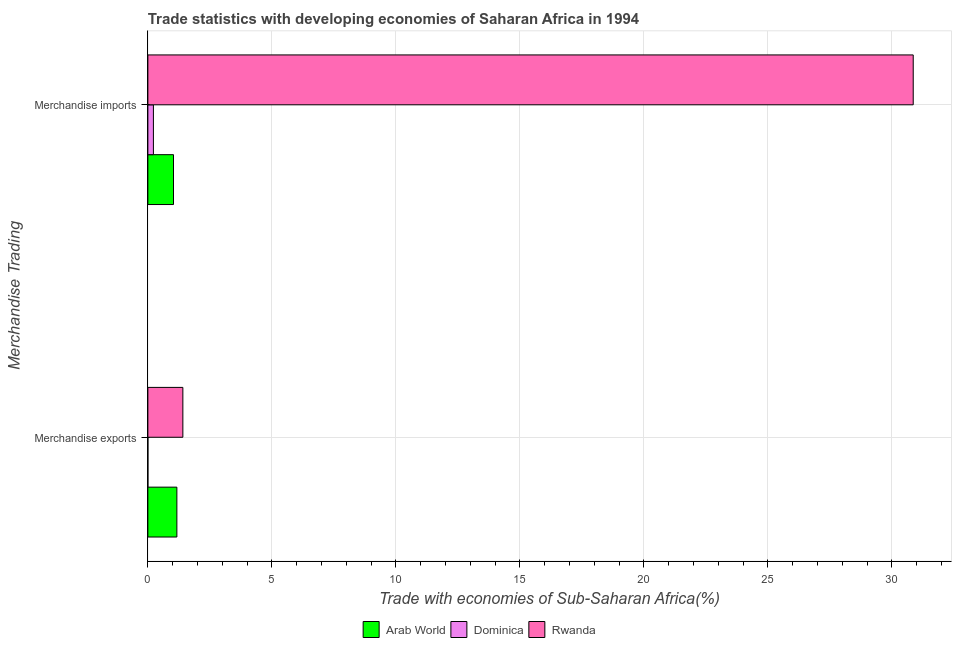
| Merchandise Trading | Arab World | Dominica | Rwanda |
 | --- | --- | --- | --- |
 | Merchandise exports | 1.17 | 0.000456 | 1.41 |
 | Merchandise imports | 1.03 | 0.223 | 30.9 |